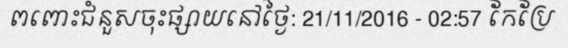
ពពោះជំនួសចុះផ្សាយនៅថ្ងៃ: 21/11/2016 - 02:57 កែប្រែ